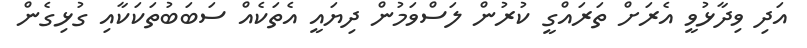
އަދި ވިދާޅުވީ އެރަށް ތަރައްގީ ކުރުން ލަސްވަމުން ދިޔައީ އެތަކެއް ސަބަބުތަކަކާއި ގުޅިގެން